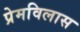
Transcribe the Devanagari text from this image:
प्रेमविलास